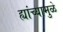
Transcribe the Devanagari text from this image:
ह्यांच्यामुळे